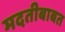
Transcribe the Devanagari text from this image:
मदतीबाबत